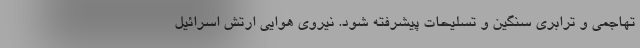
تهاجمی و ترابری سنگین و تسلیحات پیشرفته شود. نیروی هوایی ارتش اسرائیل